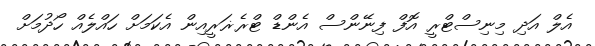
އެލް އަދި މިނިސްޓްރީ އޮފް ފިނޭންސް އެންޑް ޓްރެޜަރީއިން އެކަމަށް ހައްލެއް ހޯދުމަށް